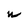
Character: w